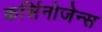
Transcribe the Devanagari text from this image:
कर्सिनोजेन्स